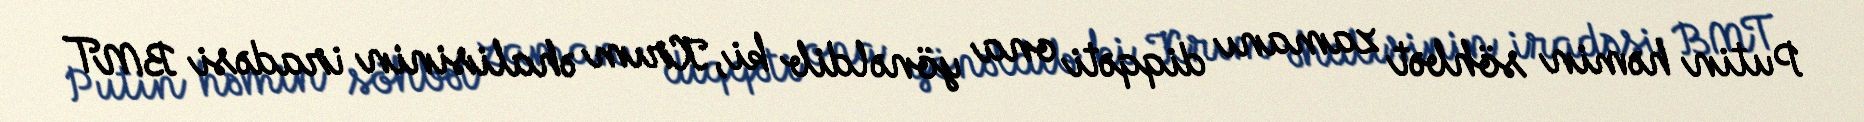
Putin həmin söhbət zamanı diqqəti ona yönəldib ki, Krım əhalisinin iradəsi BMT